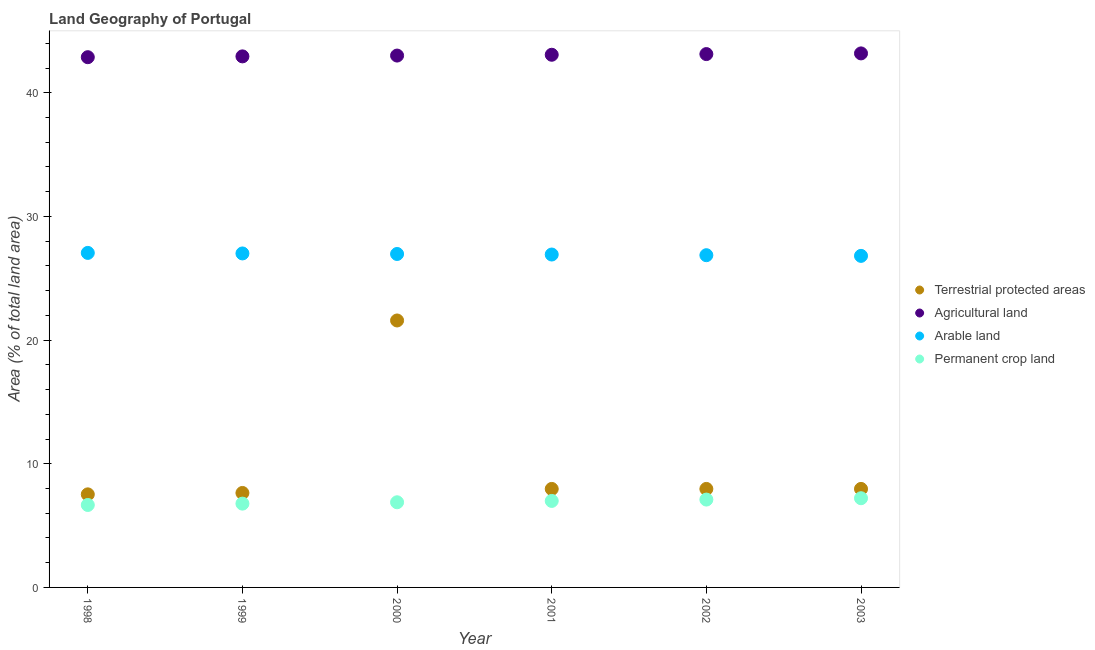
| Year | Terrestrial protected areas | Agricultural land | Arable land | Permanent crop land |
 | --- | --- | --- | --- | --- |
 | 1998 | 7.53 | 42.9 | 27 | 6.67 |
 | 1999 | 7.64 | 42.9 | 27 | 6.78 |
 | 2000 | 21.6 | 43 | 27 | 6.89 |
 | 2001 | 7.96 | 43.1 | 26.9 | 6.99 |
 | 2002 | 7.96 | 43.1 | 26.9 | 7.1 |
 | 2003 | 7.96 | 43.2 | 26.8 | 7.21 |